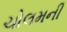
ચોલમની